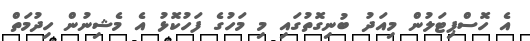
އެ ހޮސްޕިޓަލުން މިއަދު ބުނިގޮތުގައި މި މަހުގެ ފަހުކޮޅު އެ މެޝިނުން ހިދުމަތް